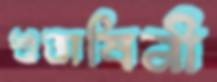
শুভাষিনী